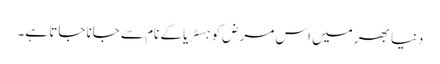
دنیا بھر میں اس مرض کو ہسٹریا کے نام سے جانا جاتا ہے۔